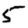
Digit: 5